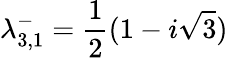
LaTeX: \lambda_{3,1}^{-}=\frac{1}{2}(1-i\sqrt{3})